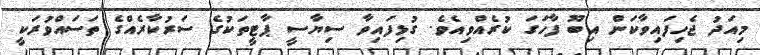
މިއަދު ޖެހިފައިވާކަން އިބޫ ފާހަގަ ކުރެއްވިއެވެ. ގުޅިފައިވާ ސިޔާސީ ޕާޓީތަކުގެ ސަރުކާރެއްގެ ތަސައްވުރަކީ